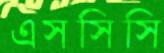
এসসিসি